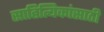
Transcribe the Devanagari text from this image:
साहित्यिकांसाठी